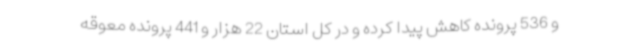
و 536 پرونده کاهش پیدا کرده و در کل استان 22 هزار و 441 پرونده معوقه